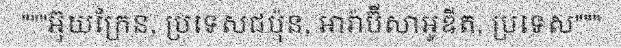
"""អ៊ុយក្រែន, ប្រទេសជប៉ុន, អារ៉ាប៊ីសាអូឌីត, ប្រទេស"""